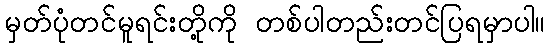
မှတ်ပုံတင်မူရင်းတို့ကို တစ်ပါတည်းတင်ပြရမှာပါ။